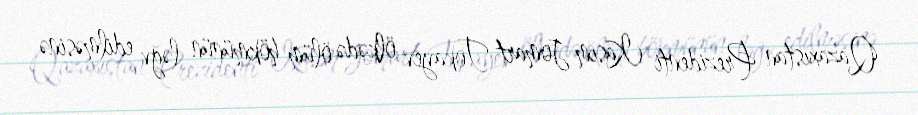
Qazaxıstan Prezidenti Kasım-Jomart Tokayev ölkədə ölüm hökmünün ləğv edilməsinə